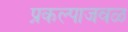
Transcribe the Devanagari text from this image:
प्रकल्पाजवळ